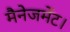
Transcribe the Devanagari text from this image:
मैनेजमेंट।